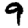
Digit: 9